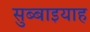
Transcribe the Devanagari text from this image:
सुब्बाइयाह